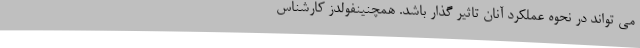
می تواند در نحوه عملکرد آنان تاثیر گذار باشد. همچنینفولدز کارشناس